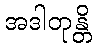
အဒါတုန္တိ